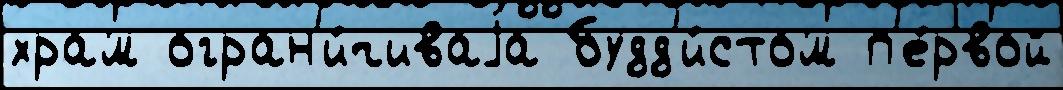
храм огран'и́чиваjа будд'и́стом п'е́рвой